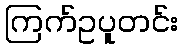
ကြက်ဥပူတင်း